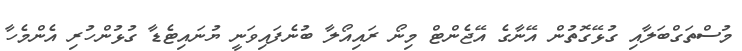
މުސްތަގްބަލާއި ގުޅޭގޮތުން އޭނާގެ އޭޖެންޓް މިނޯ ރައިއޯލާ ބުނެފައިވަނީ ޔުނައިޓެޑާ ގުޅުންހުރި އެންމެހާ